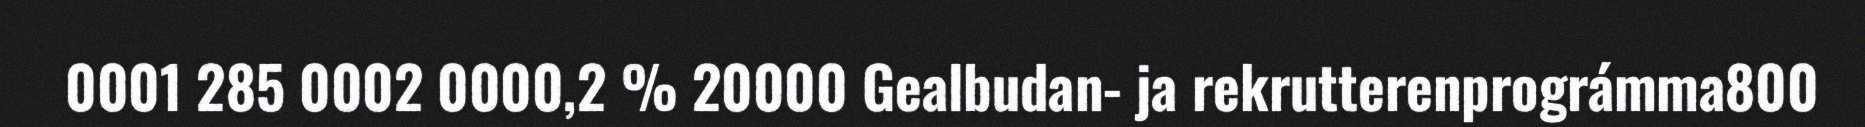
0001 285 0002 0000,2 % 20000 Gealbudan- ja rekrutterenprográmma800